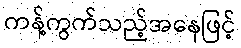
ကန့်ကွက်သည့်အနေဖြင့်